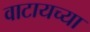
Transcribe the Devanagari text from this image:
वाटायच्या